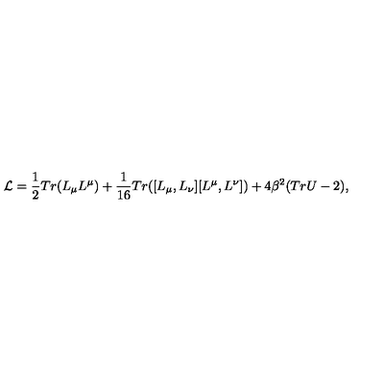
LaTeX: { \cal L } = \frac { 1 } { 2 } T r ( L _ { \mu } L ^ { \mu } ) + \frac { 1 } { 1 6 } T r ( [ L _ { \mu } , L _ { \nu } ] [ L ^ { \mu } , L ^ { \nu } ] ) + 4 \beta ^ { 2 } ( T r U - 2 ) ,